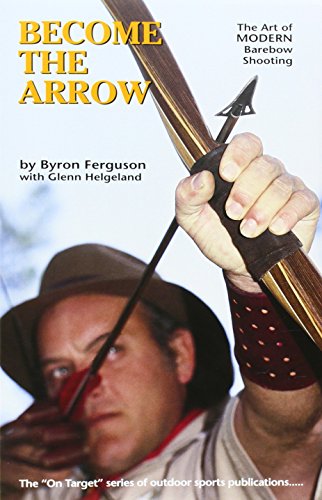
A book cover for Become the Arrow (On Target Series); Byron Ferguson; Sports & Outdoors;